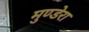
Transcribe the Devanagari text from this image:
मुण्डेरा